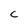
Character: c